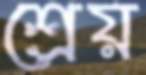
শ্রেয়